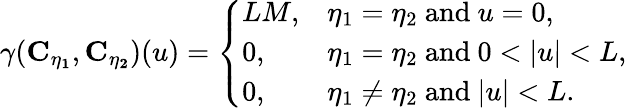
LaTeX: \gamma(\mathbf{C_{\eta_{1}}},\mathbf{C_{\eta_{2}}})(u)=\left\{ \begin{array}{ll}{{LM},}&{\eta_{1}=\eta_{2}\ \mathrm{and}\ u=0,}\\ {0,}&{\eta_{1}=\eta_{2}\ \mathrm{and}\ 0<|u|<L,}\\ {0,}&{\eta_{1}\neq\eta_{2}\ \mathrm{and}\ |u|<L.}\end{array}\right.